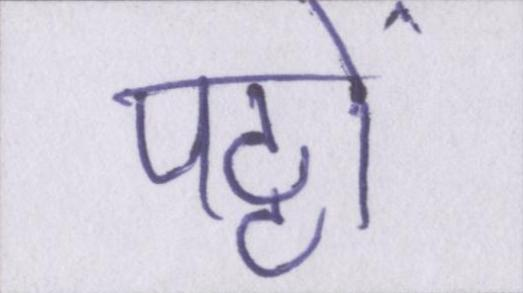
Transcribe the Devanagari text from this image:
पट्ठों